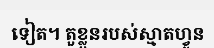
ទៀត។ តួខ្លួនរបស់ស្មាតហ្វូន